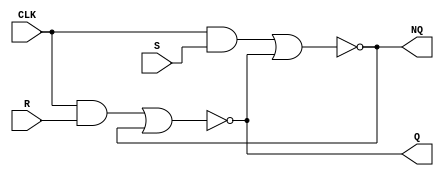
`timescale 1ns / 1ps

module SR_FF_NOR (R, S, CLK, Q, NQ);
    input R, S, CLK;
    output Q, NQ;

    assign Q = ~((CLK&R)|NQ);
    assign NQ = ~((CLK&S)|Q);
    
endmodule